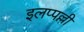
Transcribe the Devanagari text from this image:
इलप्पल्ली